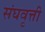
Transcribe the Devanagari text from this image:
संघवृत्ती